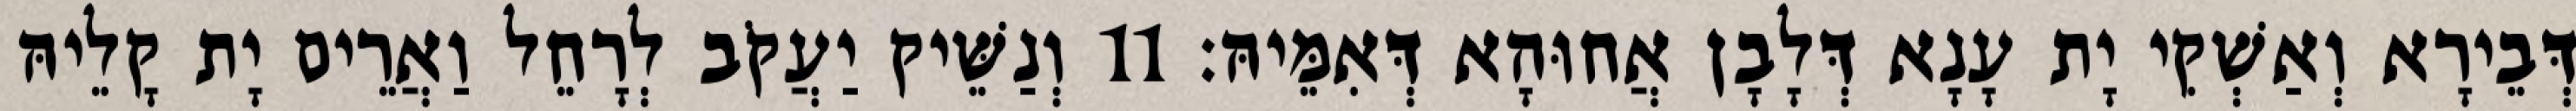
דְּבֵירָא וְאַשְׁקִי יָת עָנָא דְּלָבָן אֲחוּהָא דְּאִמֵּיהּ׃ 11 וְנַשֵּׁיק יַעֲקֹב לְרָחֵל וַאֲרֵים יָת קָלֵיהּ